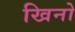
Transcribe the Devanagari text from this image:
खिनो